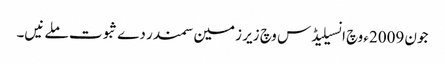
جون 2009ء وچ انسیلیڈس وچ زیر زمین سمندر دے ثبوت ملے نیں۔